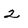
Character: 2